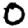
Digit: 0